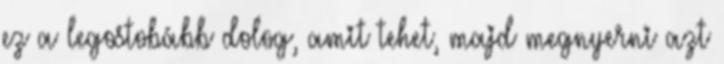
ez a legostobább dolog, amit tehet, majd megnyerni azt